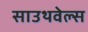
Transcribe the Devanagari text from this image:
साउथवेल्स